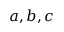
a , b , c